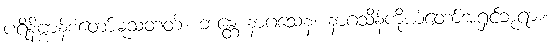
ပရိနိဗ္ဗာန်စံတော်မူသတတ်။ ဘန္တေ နာဂသေန၊ နာဂသိန်ကိုယ်တော်အရှင်ဘုရား။